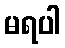
မရပါ